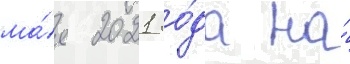
ма́я 2021 го́да на́